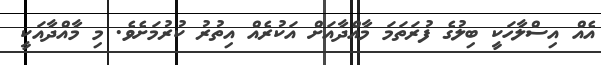
އެއް އިސްލާހަކީ ބިލުގެ ފުރަތަމަ މާއްދާއަށް އަކުރެއް އިތުރު ކުރުމަށެވެ. މި މާއްދާއަކީ